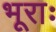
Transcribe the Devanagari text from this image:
भूराः